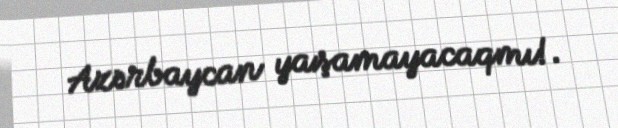
Azərbaycan yaşamayacaqmı!.